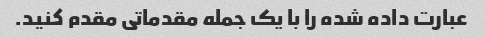
عبارت داده شده را با یک جمله مقدماتی مقدم کنید.